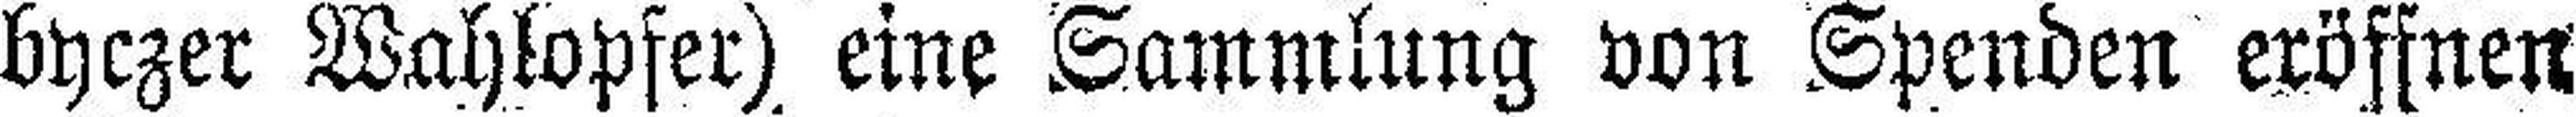
byczer Wahlopfer) eine Sammlung von Spenden eröffnen